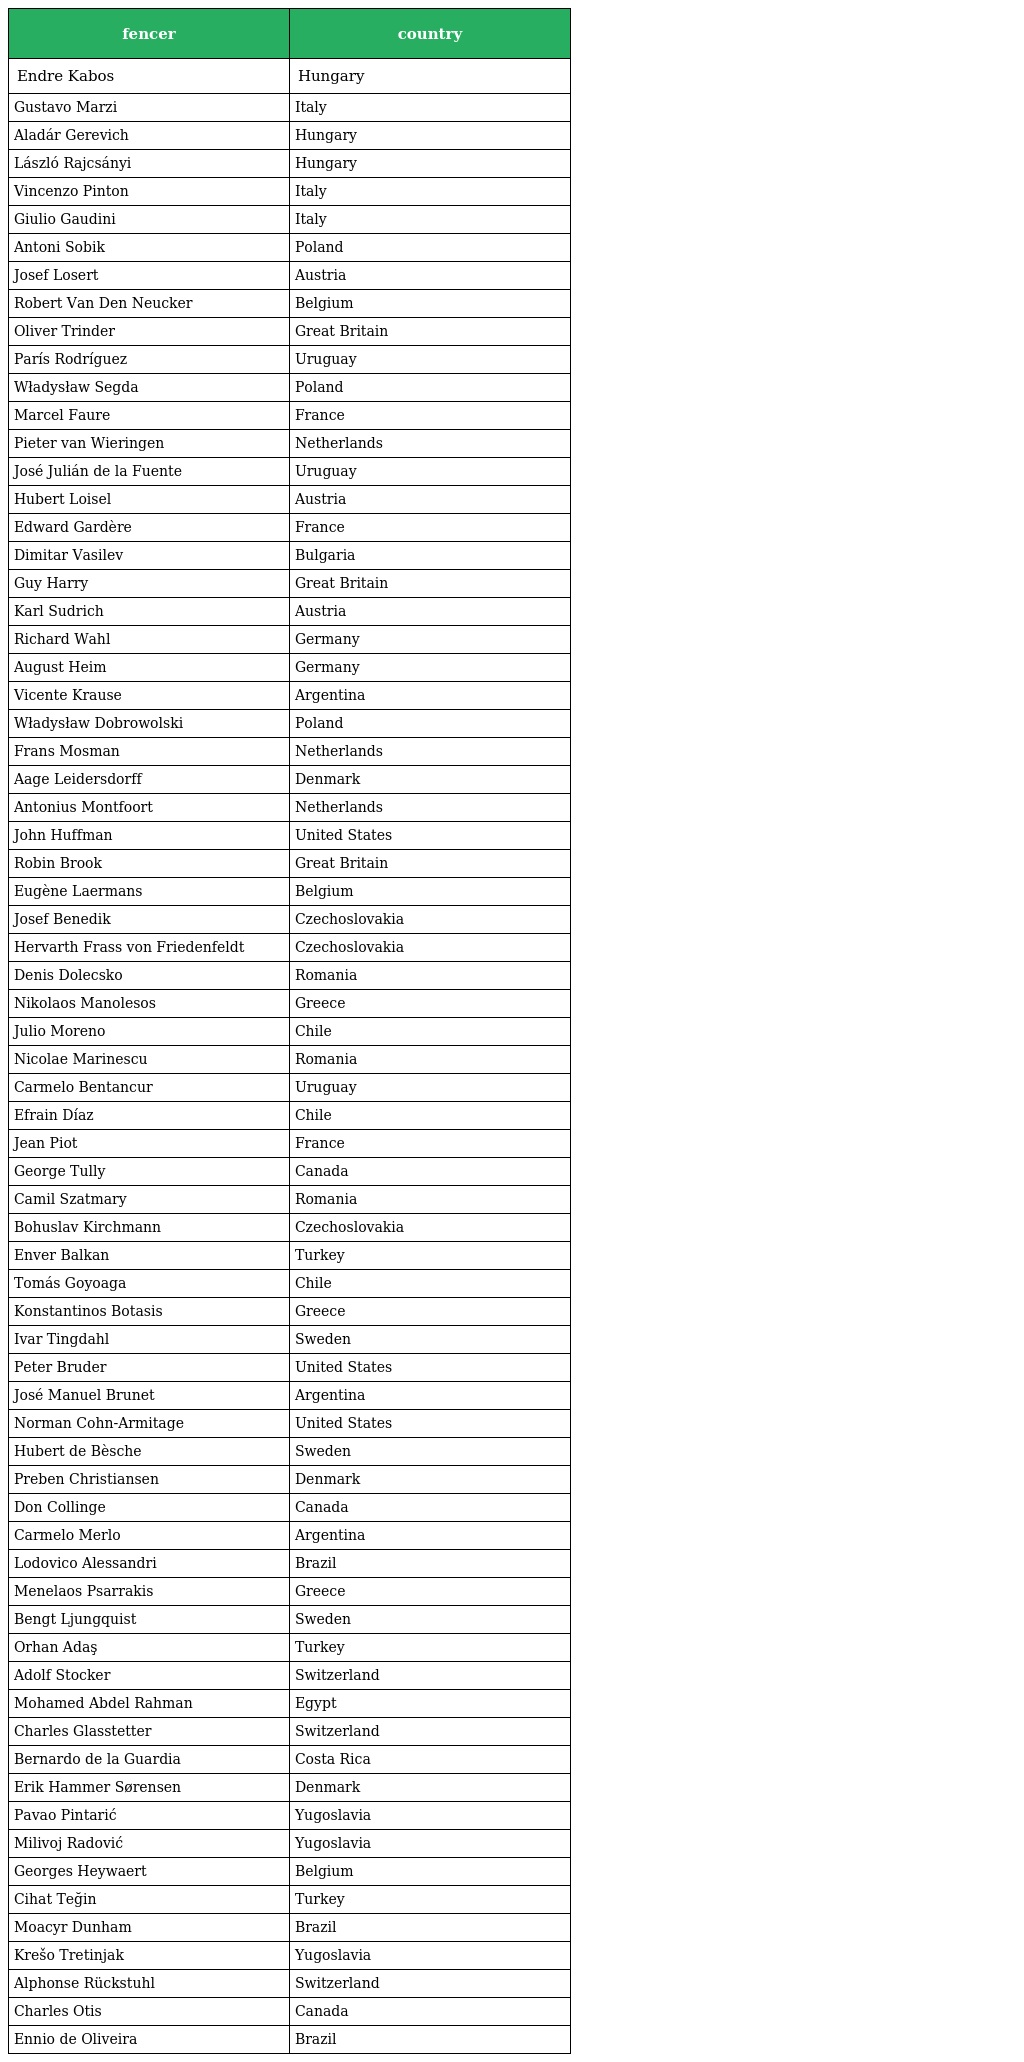
| fencer | country |
 | --- | --- |
 | Endre Kabos | Hungary |
 | Gustavo Marzi | Italy |
 | Aladár Gerevich | Hungary |
 | László Rajcsányi | Hungary |
 | Vincenzo Pinton | Italy |
 | Giulio Gaudini | Italy |
 | Antoni Sobik | Poland |
 | Josef Losert | Austria |
 | Robert Van Den Neucker | Belgium |
 | Oliver Trinder | Great Britain |
 | París Rodríguez | Uruguay |
 | Władysław Segda | Poland |
 | Marcel Faure | France |
 | Pieter van Wieringen | Netherlands |
 | José Julián de la Fuente | Uruguay |
 | Hubert Loisel | Austria |
 | Edward Gardère | France |
 | Dimitar Vasilev | Bulgaria |
 | Guy Harry | Great Britain |
 | Karl Sudrich | Austria |
 | Richard Wahl | Germany |
 | August Heim | Germany |
 | Vicente Krause | Argentina |
 | Władysław Dobrowolski | Poland |
 | Frans Mosman | Netherlands |
 | Aage Leidersdorff | Denmark |
 | Antonius Montfoort | Netherlands |
 | John Huffman | United States |
 | Robin Brook | Great Britain |
 | Eugène Laermans | Belgium |
 | Josef Benedik | Czechoslovakia |
 | Hervarth Frass von Friedenfeldt | Czechoslovakia |
 | Denis Dolecsko | Romania |
 | Nikolaos Manolesos | Greece |
 | Julio Moreno | Chile |
 | Nicolae Marinescu | Romania |
 | Carmelo Bentancur | Uruguay |
 | Efrain Díaz | Chile |
 | Jean Piot | France |
 | George Tully | Canada |
 | Camil Szatmary | Romania |
 | Bohuslav Kirchmann | Czechoslovakia |
 | Enver Balkan | Turkey |
 | Tomás Goyoaga | Chile |
 | Konstantinos Botasis | Greece |
 | Ivar Tingdahl | Sweden |
 | Peter Bruder | United States |
 | José Manuel Brunet | Argentina |
 | Norman Cohn-Armitage | United States |
 | Hubert de Bèsche | Sweden |
 | Preben Christiansen | Denmark |
 | Don Collinge | Canada |
 | Carmelo Merlo | Argentina |
 | Lodovico Alessandri | Brazil |
 | Menelaos Psarrakis | Greece |
 | Bengt Ljungquist | Sweden |
 | Orhan Adaş | Turkey |
 | Adolf Stocker | Switzerland |
 | Mohamed Abdel Rahman | Egypt |
 | Charles Glasstetter | Switzerland |
 | Bernardo de la Guardia | Costa Rica |
 | Erik Hammer Sørensen | Denmark |
 | Pavao Pintarić | Yugoslavia |
 | Milivoj Radović | Yugoslavia |
 | Georges Heywaert | Belgium |
 | Cihat Teğin | Turkey |
 | Moacyr Dunham | Brazil |
 | Krešo Tretinjak | Yugoslavia |
 | Alphonse Rückstuhl | Switzerland |
 | Charles Otis | Canada |
 | Ennio de Oliveira | Brazil |